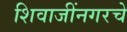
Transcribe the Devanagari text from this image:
शिवाजींनगरचे